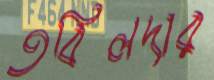
তবিলদার